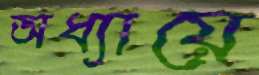
অধ্যায়ে